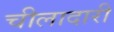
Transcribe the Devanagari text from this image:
चीलादारी